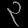
Digit: ၃